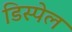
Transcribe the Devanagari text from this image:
डिस्पेल